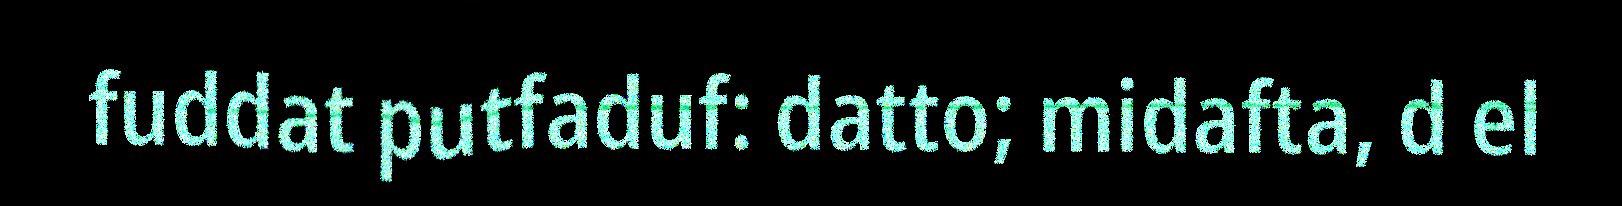
fuddat putfaduf: datto; midafta, d el